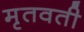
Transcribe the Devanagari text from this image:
मृतवती